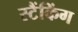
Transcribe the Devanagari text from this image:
स्टैंकिंग